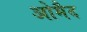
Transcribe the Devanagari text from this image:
ओमैद